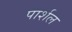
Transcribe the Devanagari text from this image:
पार्शल